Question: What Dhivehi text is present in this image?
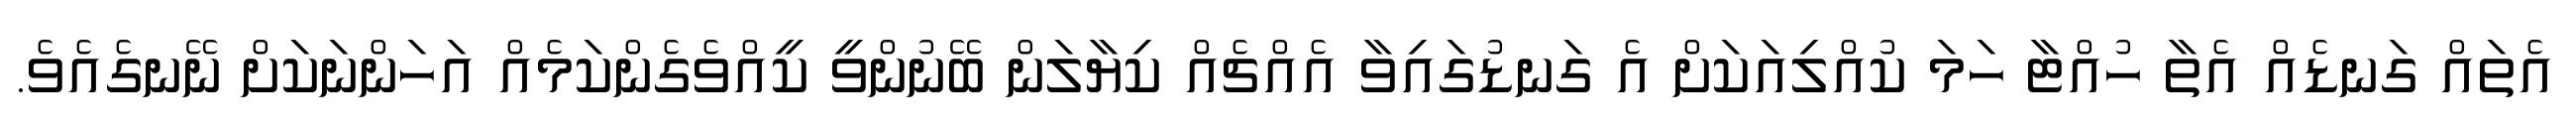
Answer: އެތައް ގަނޑެއް އެތާ ހުއްޓާ ހަމަ ކުއްލިއަކަށް އެ ގަނޑުގައިވާ އެއްޗެއް ކިޔާލަން ބޭނުންވީ ކީއްވެގެންކަމެއް އަހަންނަކަށް ނޭނގެއެވެ.